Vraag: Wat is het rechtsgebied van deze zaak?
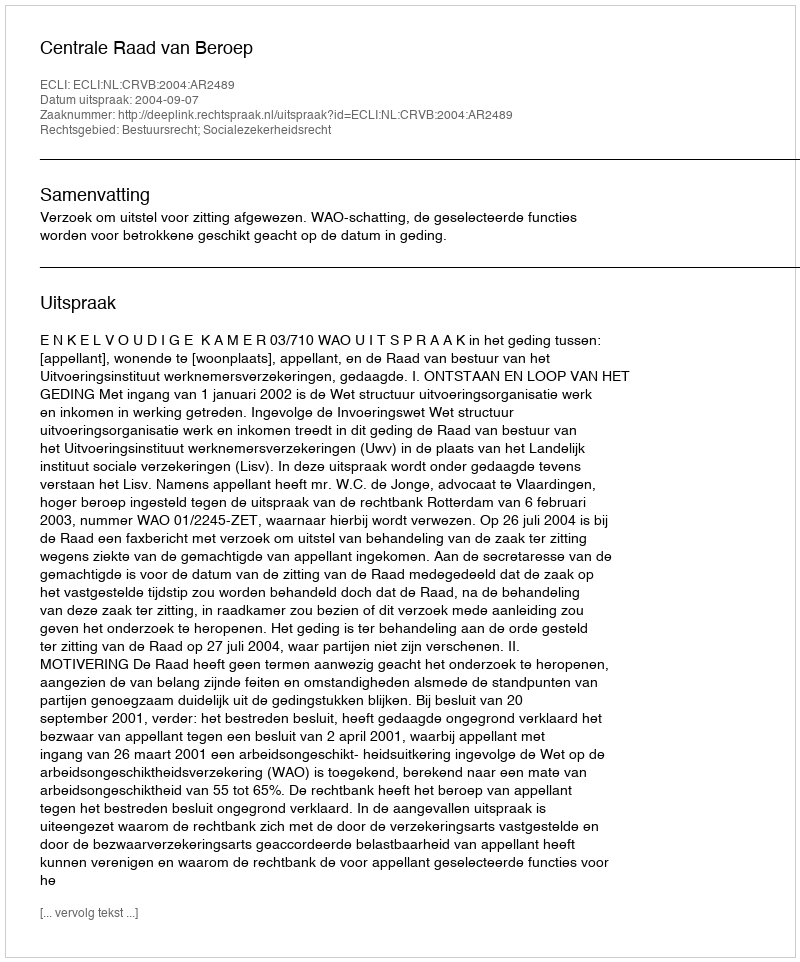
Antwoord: Bestuursrecht; Socialezekerheidsrecht